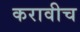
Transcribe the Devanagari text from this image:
करावीच